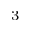
_ 3